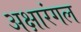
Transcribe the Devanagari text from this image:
अक्षारंगल